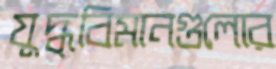
যুদ্ধবিমানগুলোর